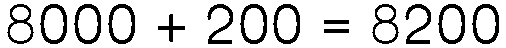
8000 + 200 = 8200